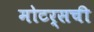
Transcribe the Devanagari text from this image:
मोटर्सची